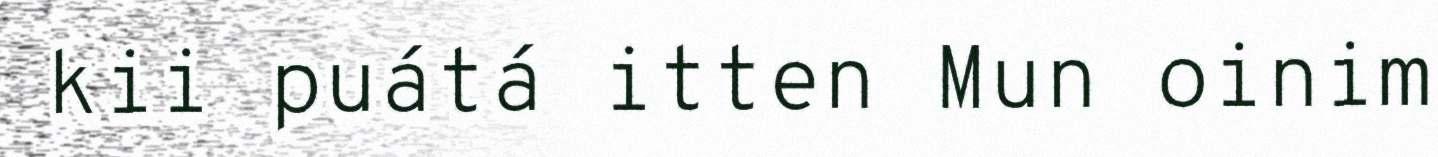
kii puátá itten Mun oinim